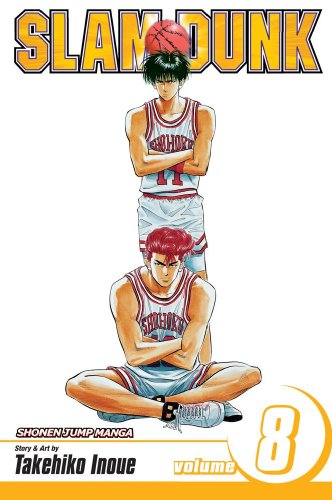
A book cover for Slam Dunk, Vol. 8; Takehiko Inoue; Comics & Graphic Novels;